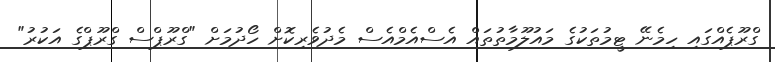
ގްރޫޕެއްގައި ހިމެނޭ ޓީމުތަކުގެ މައުލޫމާތުތައް އެސްއެމްއެސް މެދުވެރިކޮށް ހޯދުމަށް "ގްރޫޕްސް ގްރޫޕްގެ އަކުރު"